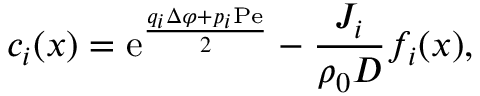
c _ { i } ( x ) = \mathrm { e } ^ { \frac { q _ { i } \Delta \varphi + p _ { i } \mathrm { P e } } { 2 } } - \frac { J _ { i } } { \rho _ { 0 } D } f _ { i } ( x ) ,